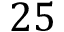
2 5